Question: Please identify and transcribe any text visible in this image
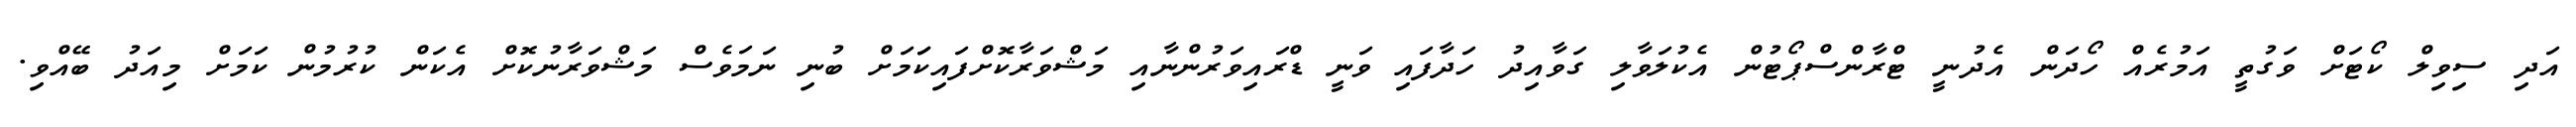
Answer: އަދި ސިވިލް ކޯޓަށް ވަގުތީ އަމުރެއް ހޯދަން އެދުނީ ޓްރާންސްޕޯޓުން އެކުލަވާލި ގަވާއިދު ހަދާފައި ވަނީ ޑްރައިވަރުންނާއި މަޝްވަރާކޮށްފައިކަަމަށް ބުނި ނަމަވެސް މަޝްވަރާނުކޮށް އެކަން ކުރުމުން ކަމަށް މިއަދު ބޭއްވި.